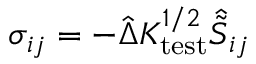
\begin{array} { r } { \sigma _ { i j } = - \hat { \Delta } K _ { \mathrm { t e s t } } ^ { 1 / 2 } \hat { \tilde { S } } _ { i j } } \end{array}